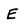
Character: E